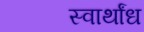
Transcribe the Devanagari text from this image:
स्वार्थांध